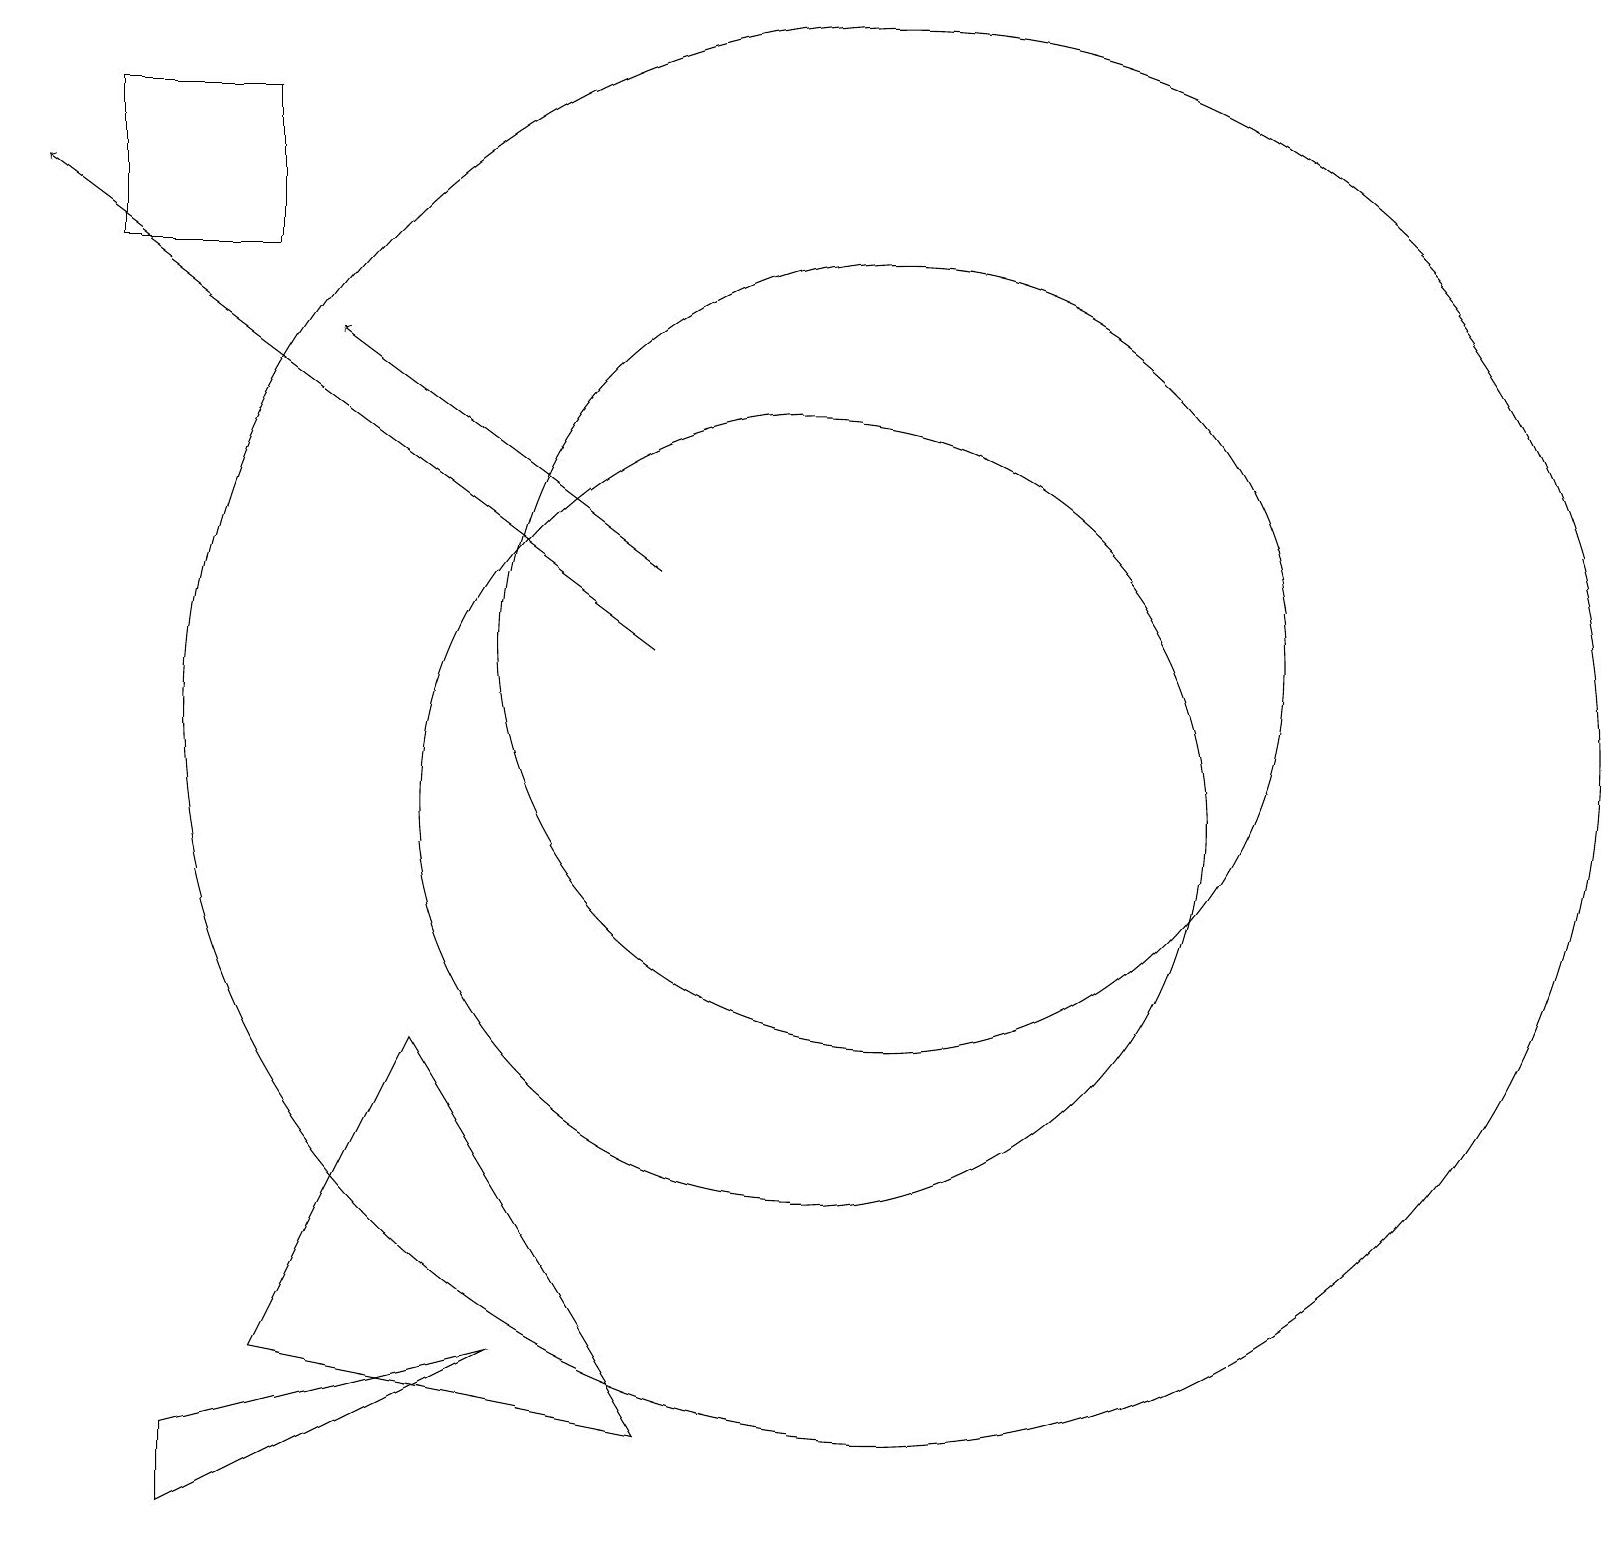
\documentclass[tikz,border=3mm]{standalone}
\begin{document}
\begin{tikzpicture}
\draw (2,1) -- (6,3) -- (2,2) -- cycle;
\draw (11,12) circle (5);
\draw[->] (8,12) -- (0,18);
\draw (10,10) circle (5);
\draw (5,7) -- (8,2) -- (3,3) -- cycle;
\draw[->] (8,13) -- (4,16);
\draw (3,17) rectangle (1,19);
\draw (11,11) circle (9);
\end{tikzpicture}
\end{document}